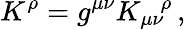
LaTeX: K^{\rho}=g^{\mu\nu}{K_{\mu\nu}}^{\! \rho}\, ,